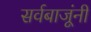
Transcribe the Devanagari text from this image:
सर्वबाजूंनी